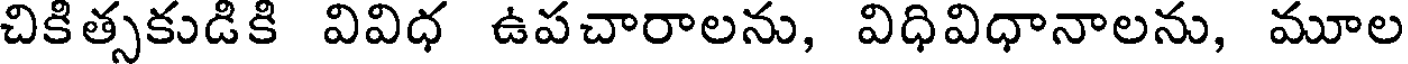
చికిత్సకుడికి వివిధ ఉపచారాలను, విధివిధానాలను, మూల